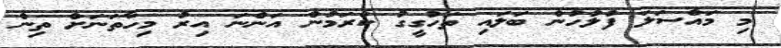
މި މައްސަލަ ފުލުހުން ބަލައި ތަހުގީގު ކުރަމުން އަންނަ އިރު މިހާތަނަށް ތިން